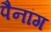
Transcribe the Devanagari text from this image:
पैनांग